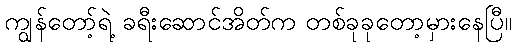
ကျွန်တော့်ရဲ့ ခရီးဆောင်အိတ်က တစ်ခုခုတော့မှားနေပြီ။